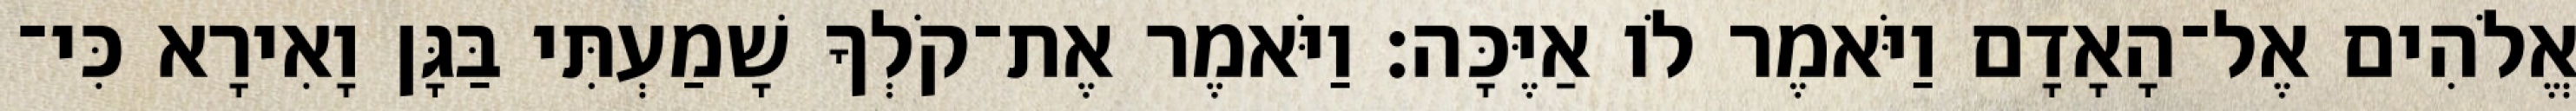
אֱלֹהִים אֶל־הָאָדָם וַיֹּאמֶר לֹו אַיֶּכָּה׃ וַיֹּאמֶר אֶת־קֹלְךָ שָׁמַעְתִּי בַּגָּן וָאִירָא כִּי־